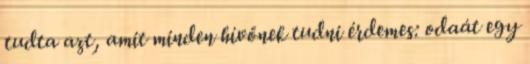
tudta azt, amit minden hívőnek tudni érdemes: odaát egy